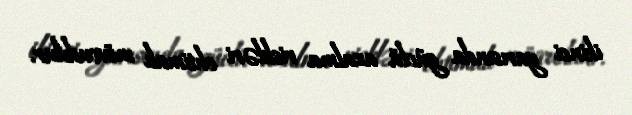
ikinci yarısında güclü azalma riskləri ehtimalı mövcuddur.